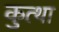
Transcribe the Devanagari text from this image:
कुत्था